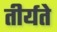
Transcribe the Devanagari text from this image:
तीर्यते